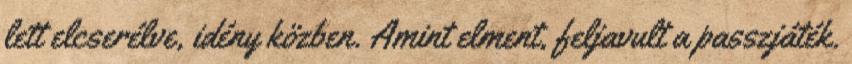
lett elcserélve, idény közben. Amint elment, feljavult a passzjáték.